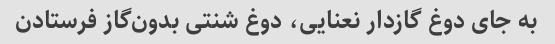
به جای دوغ گازدار نعنایی، دوغ شنتی بدون‌گاز فرستادن